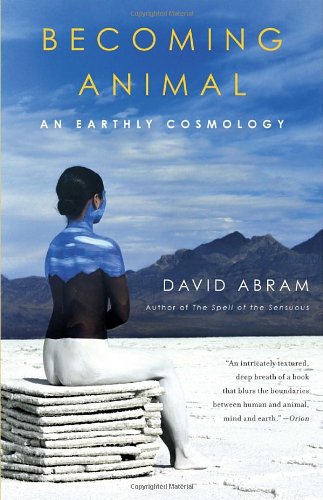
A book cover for Becoming Animal: An Earthly Cosmology; David Abram; Science & Math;